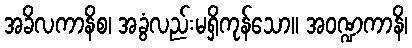
အခိလကာနိစ၊ အခွံလည်းမရှိကုန်သော။ အဝဏ္ဍကာနိ၊